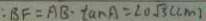
: B F = A B \cdot \tan A = 2 0 \sqrt { 3 } ( c m )